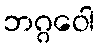
ဘဂ္ဂဝေါ